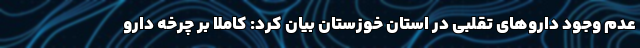
عدم وجود داروهای تقلبی در استان خوزستان بیان کرد: کاملا بر چرخه دارو